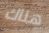
هناك